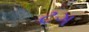
ટગ